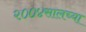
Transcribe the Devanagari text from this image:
२००४सालच्या